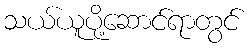
သယ်ယူပို့ဆောင်ရာတွင်